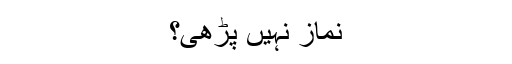
نماز نہیں پڑھی؟